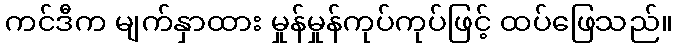
ကင်ဒီက မျက်နှာထား မှုန်မှုန်ကုပ်ကုပ်ဖြင့် ထပ်ဖြေသည်။